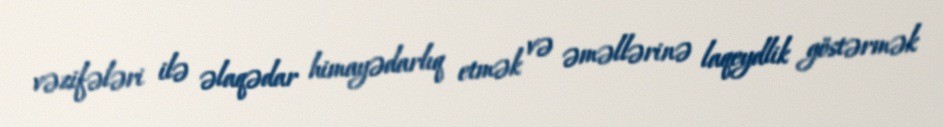
vəzifələri ilə əlaqədar himayədarlıq etmək və əməllərinə laqeydlik göstərmək